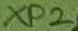
Text: XP2